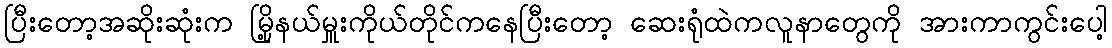
ပြီးတော့အဆိုးဆုံးက မြို့နယ်မှူးကိုယ်တိုင်ကနေပြီးတော့ ဆေးရုံထဲကလူနာတွေကို အားကာကွင်းပေါ့